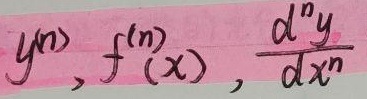
$y^{(n)}, f^{(n)}(x), \frac{d^{n}y}{dx^{n}}$